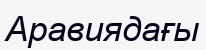
Аравиядағы